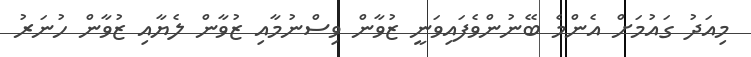
މިއަދު ގައުމަށް އެންމެ ބޭނުންވެފައިވަނީ ޒުވާން ވިސްނުމާއި ޒުވާން ލެޔާއި ޒުވާން ހުނަރު